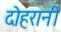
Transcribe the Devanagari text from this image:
दोहरानी